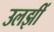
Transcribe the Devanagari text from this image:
उलझीं